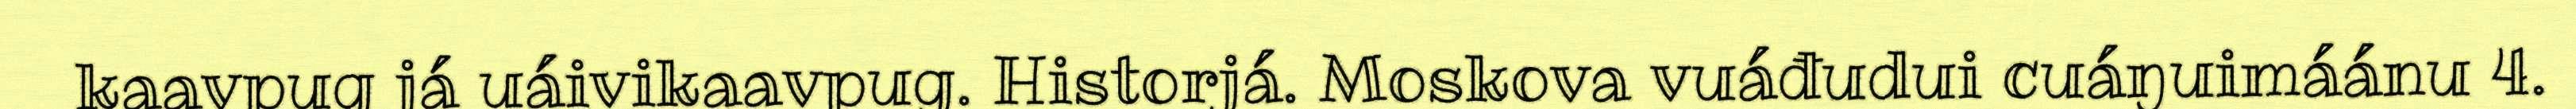
kaavpug já uáivikaavpug. Historjá. Moskova vuáđudui cuáŋuimáánu 4.